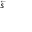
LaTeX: \scriptstyle { \overleftarrow { s } }